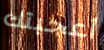
أعجبتك